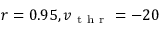
r = 0 . 9 5 , v _ { \mathrm { ~ t ~ h ~ r ~ } } = - 2 0